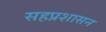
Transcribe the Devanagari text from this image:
सहप्रशासन